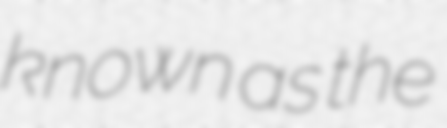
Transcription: known as the